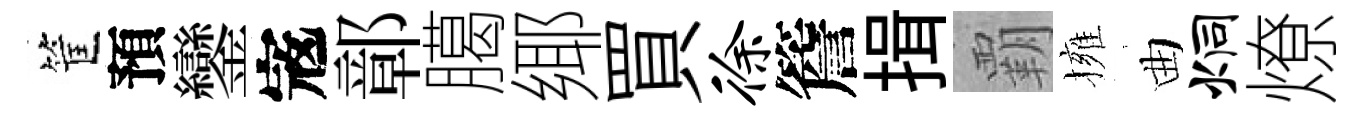
筐預鑾𡨥鄣臈鄊買徐簷揖覇擁曲炯燎